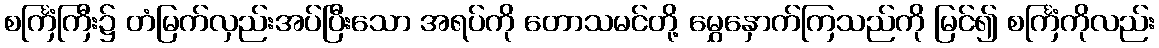
စင်္ကြံကြီး၌ တံမြက်လှည်းအပ်ပြီးသော အရပ်ကို တောသမင်တို့ မွှေနှောက်ကြသည်ကို မြင်၍ စင်္ကြံကိုလည်း